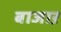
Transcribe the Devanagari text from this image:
बाजाऱ